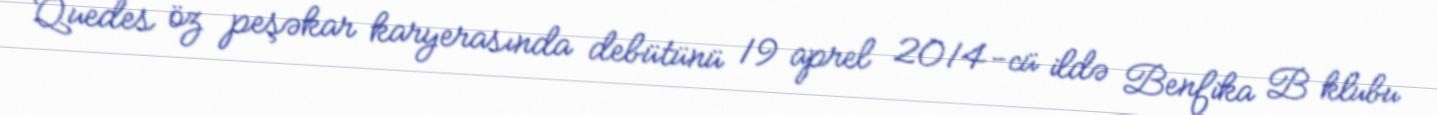
Quedes öz peşəkar karyerasında debütünü 19 aprel 2014-cü ildə Benfika B klubu